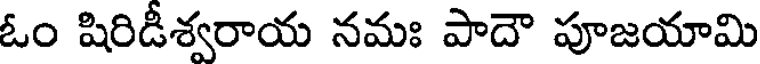
ఓం షిరిడీశ్వరాయ నమః పాదౌ పూజయామి